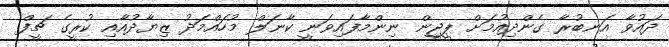
ދައުވާ އަނބުރާ ގެންދިއުމަށް ޕީޖީން ނިންމާފައިވަނީ ކާނަލް މުހައްމަދު ޒިޔާދުއާއި ކުރީގެ ޗީފް